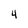
Character: 4